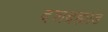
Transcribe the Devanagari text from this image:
दशब्रह्मांड